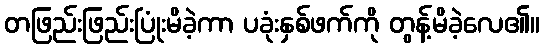
တဖြည်းဖြည်းပြုံးမိခဲ့ကာ ပခုံးနှစ်ဖက်ကို တွန့်မိခဲ့လေ၏။